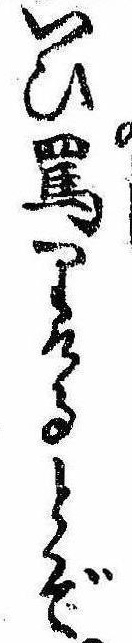
いひ罵りけるとぞ